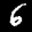
Label: 6